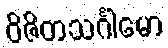
ဝိဇိတသင်္ဂါမော